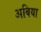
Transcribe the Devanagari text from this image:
अबिया